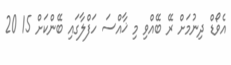
އެވޯޑް ދިނުމަށް ރޭ ބޭއްވި މި ޚާއްސަ ހަފްލާގައި ބޭންކަށް 15 20